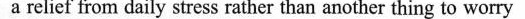
a relief from daily stress rather than another thing to worry